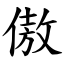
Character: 傲